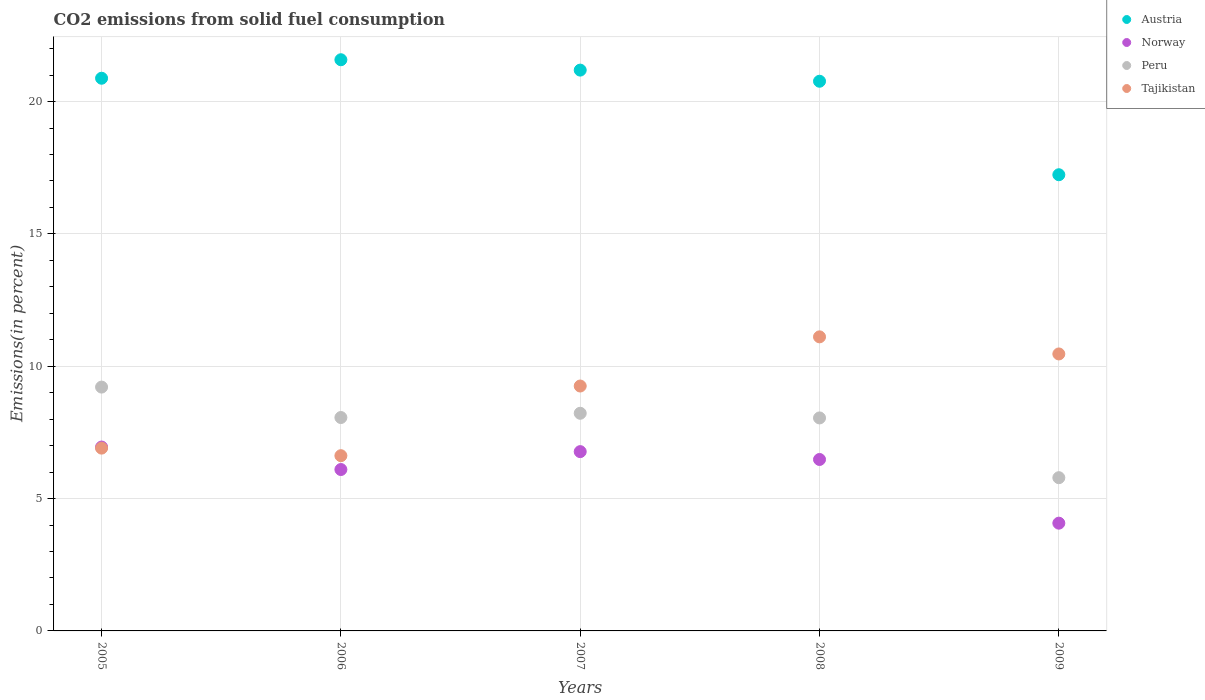
| Years | Austria | Norway | Peru | Tajikistan |
 | --- | --- | --- | --- | --- |
 | 2005 | 20.9 | 6.95 | 9.21 | 6.91 |
 | 2006 | 21.6 | 6.1 | 8.06 | 6.62 |
 | 2007 | 21.2 | 6.77 | 8.22 | 9.25 |
 | 2008 | 20.8 | 6.48 | 8.05 | 11.1 |
 | 2009 | 17.2 | 4.07 | 5.79 | 10.5 |